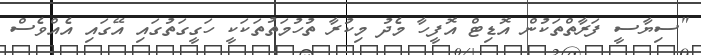
"ސިޔާސީ ފަރާތްތަކުން އޮޑިޓް އޮފީހާ މެދު މިކުރާ ތުހުމަތުތަކަކީ ހަގީގަތުގައި އޭގައި އެއްވެސް